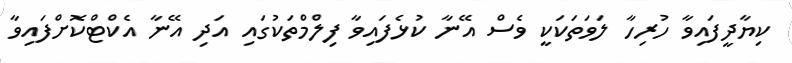
ކިޔާދީފައިވާ ހުރިހާ ލަވަތަކަކީ ވެސް އޭނާ ކުޅެފައިވާ ފިލްމްތަކުގައި އަދި އޭނާ އެކްޓްކޮށްފައިވާ